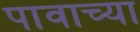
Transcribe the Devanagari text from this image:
पावाच्या